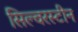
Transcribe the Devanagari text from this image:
सिल्वरस्टीन